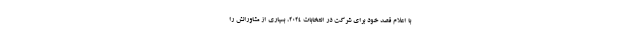
با اعلام قصد خود برای شرکت در انتخابات 2024، بسیاری از مشاورانش را